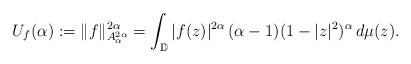
LaTeX: \begin{align*} U_f(\alpha) := \|f\|_{A^{2\alpha}_\alpha}^{2\alpha} = \int_{\mathbb{D}}|f(z)|^{2\alpha}\,(\alpha-1)(1-|z|^2)^\alpha \,d\mu(z).\end{align*}